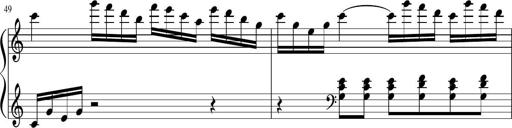
Title: Sonatina di Santa Gemma, JKB 12
Composer: Jason Baruk
Key: F major